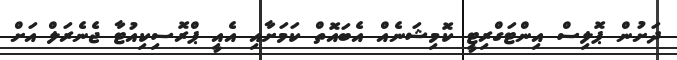
ދަށުން ޕޮލިސް އިންޓަގްރިޓީ ކޮމިޝަނެއް އެބައޮތް ކަމަށާއި އެއީ ޕްރޮސިކިއުޓާ ޖެނެރަލް އަށް